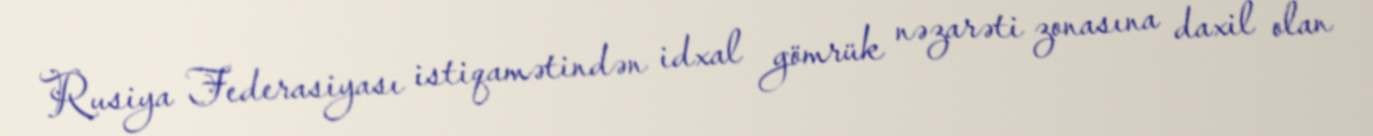
Rusiya Federasiyası istiqamətindən idxal gömrük nəzarəti zonasına daxil olan